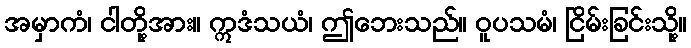
အမှာကံ၊ ငါတို့အား။ ဣဒံသယံ၊ ဤဘေးသည်။ ဝူပသမံ၊ ငြိမ်းခြင်းသို့။